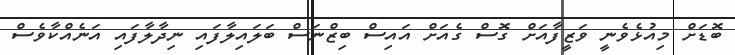
ބޮޑަށް މިއުޅެވެނީ ވަޒީފާއަށް ގޮސް ގެއަށް އައިސް ބިޒްނަސް ބަލައިލާފައި ނިދާލާފައި އަނެއްކާވެސް